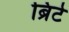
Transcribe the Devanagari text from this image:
ब्रिटे